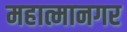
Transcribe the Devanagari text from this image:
महात्मानगर